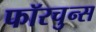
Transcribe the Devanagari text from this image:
फॉरचुन्स